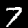
Digit: 7